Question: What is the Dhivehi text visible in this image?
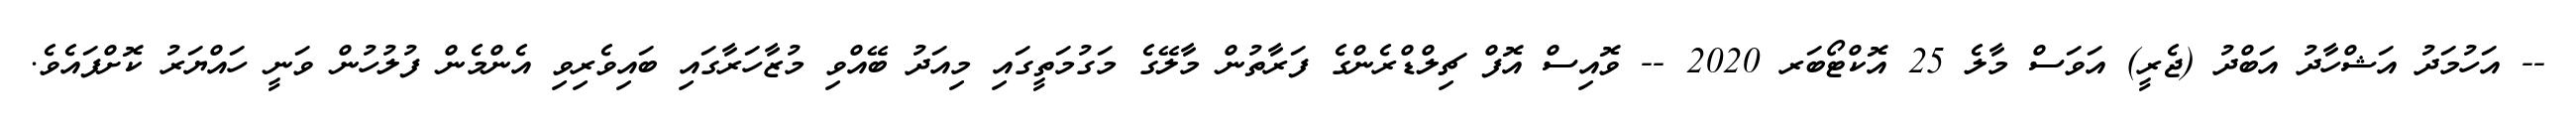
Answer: -- އަހުމަދު އަޝްހާދު އަބްދު (ޖެރީ) އަވަސް މާލެ 25 އޮކްޓޯބަރ 2020 -- ވޮއިސް އޮފް ޗިލްޑްރެންގެ ފަރާތުން މާލޭގެ މަގުމަތީގައި މިއަދު ބޭއްވި މުޒާހަރާގައި ބައިވެރިވި އެންމެން ފުލުހުން ވަނީ ހައްޔަރު ކޮށްފައެވެ.